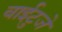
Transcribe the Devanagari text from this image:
वाईटुजे